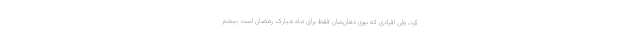
کرد، ولی افرادی که بوی دهان‌شان فقط برای ماه مبارک رمضان است بیشتر